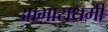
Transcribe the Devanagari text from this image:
आभासधर्मी